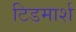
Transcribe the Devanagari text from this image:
टिडमार्श